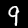
Label: 9